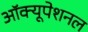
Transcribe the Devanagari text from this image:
ऑक्यूपेशनल